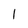
Character: l